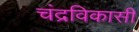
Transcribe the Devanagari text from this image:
चंद्रविकासी